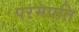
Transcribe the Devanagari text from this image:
परमपति